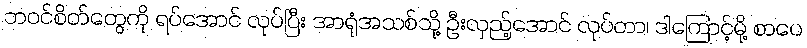
ဘဝင်စိတ်တွေကို ရပ်အောင် လုပ်ပြီး အာရုံအသစ်သို့ ဦးလှည့်အောင် လုပ်တာ၊ ဒါကြောင့်မို့ စာပေ